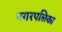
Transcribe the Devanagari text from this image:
नगरपलिका